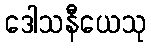
ဒေါသနီယေသု